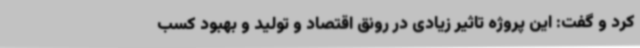
کرد و گفت: این پروژه تاثیر زیادی در رونق اقتصاد و تولید و بهبود کسب